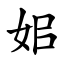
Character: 㚶